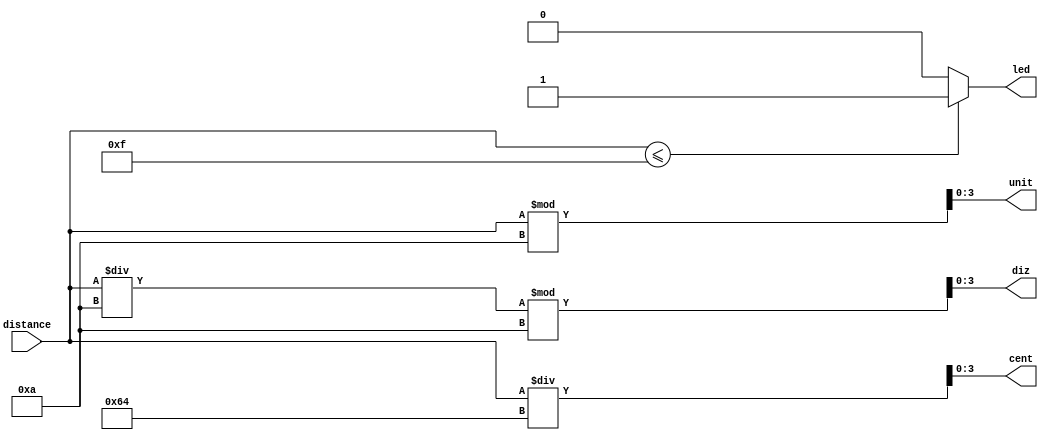
module ConditioAfficheur(distance,unit,diz,cent,led);

input[7:0] distance;
output reg[3:0] unit,diz,cent;
output reg led;

always@(distance)
begin
	led <= (distance <= 15 ? 1:0);
	unit <= distance % 10;
	diz <= (distance / 10) % 10;
	cent <= (distance / 100);
end
endmodule